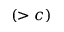
( > c )